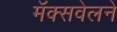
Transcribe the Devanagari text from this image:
मॅक्सवेलने